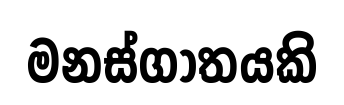
මනස්ගාතයකි